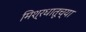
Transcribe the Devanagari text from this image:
मिश्रधातूच्या